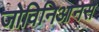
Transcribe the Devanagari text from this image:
जोविनिआनस